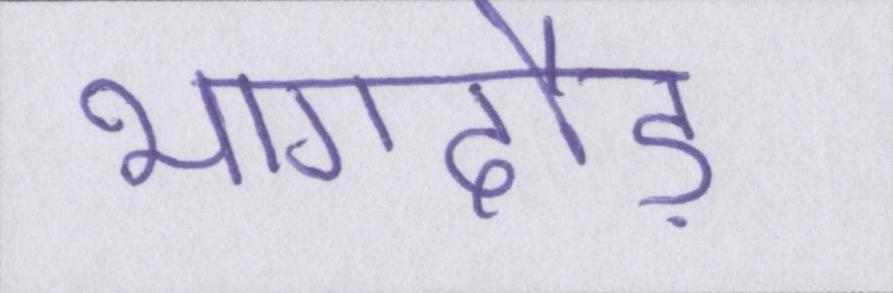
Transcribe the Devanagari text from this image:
भागदौड़